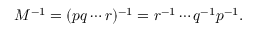
M ^ { - 1 } = ( p q \cdots r ) ^ { - 1 } = r ^ { - 1 } \cdots q ^ { - 1 } p ^ { - 1 } .